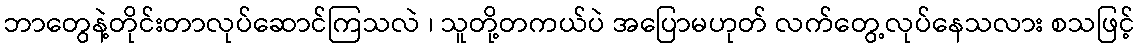
ဘာတွေနဲ့တိုင်းတာလုပ်ဆောင်ကြသလဲ ၊ သူတို့တကယ်ပဲ အပြောမဟုတ် လက်တွေ့လုပ်နေသလား စသဖြင့်